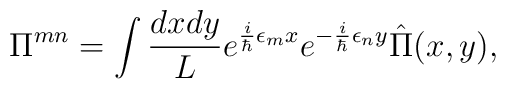
\Pi^{mn}=\int {dx dy\over L} e^{{i\over \hbar}\epsilon_m x}e^{-{i\over \hbar}\epsilon_n y}\hat\Pi(x,y),